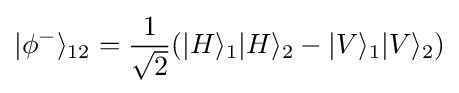
|\phi ^{-}\rangle _{12}={\frac {1}{\sqrt {2}}}(|H\rangle _{1}|H\rangle _{2}-|V\rangle _{1}|V\rangle _{2})